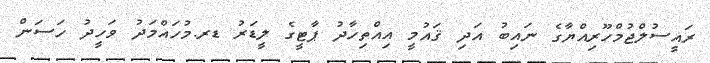
ރައީސުލްޖުމްހޫރިއްޔާގެ ނައިބު އަދި ޤައުމީ އިއްތިހާދު ޕާޓީގެ ލީޑަރު ޑރ.މުހައްމަދު ވަހީދު ހަސަން